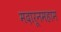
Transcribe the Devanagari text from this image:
मदारूनमहाम